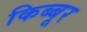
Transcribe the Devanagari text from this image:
किब्बूर